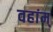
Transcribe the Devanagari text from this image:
वहांम्